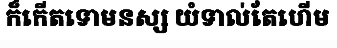
ក៏កើតទោមនស្ស យំទាល់តែហើម